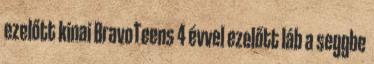
ezelőtt kinai BravoTeens 4 évvel ezelőtt láb a seggbe